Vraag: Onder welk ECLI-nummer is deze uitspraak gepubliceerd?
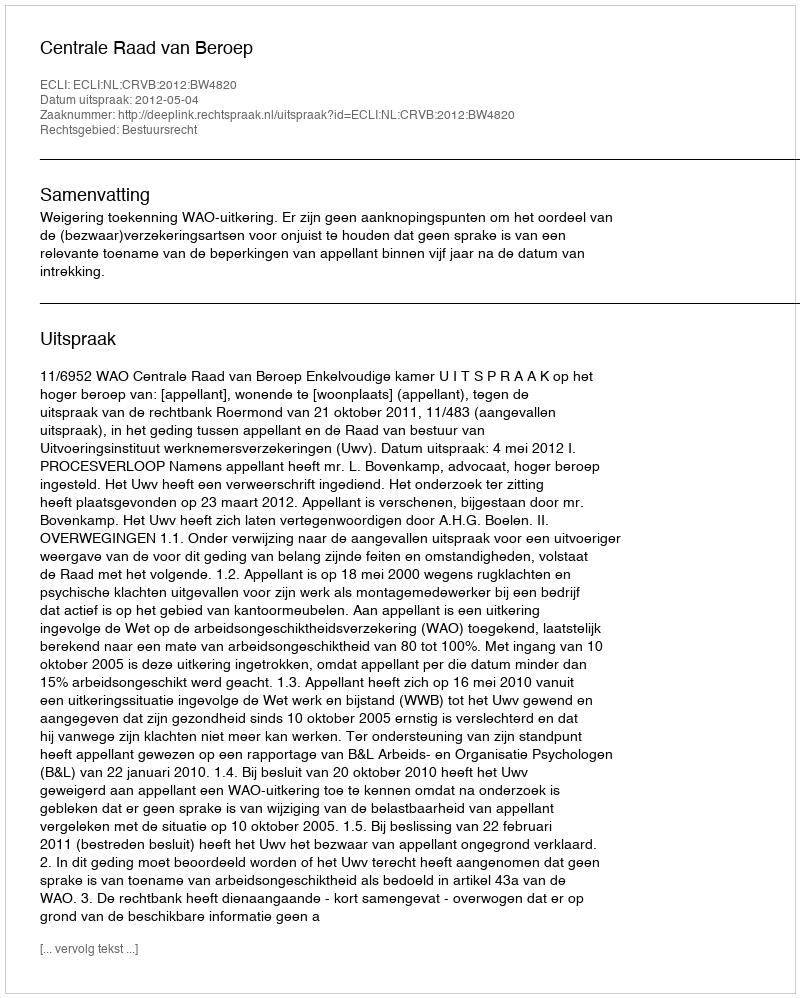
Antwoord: ECLI:NL:CRVB:2012:BW4820